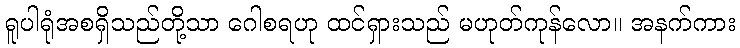
ရူပါရုံအစရှိသည်တို့သာ ဂေါစရဟု ထင်ရှားသည် မဟုတ်ကုန်လော။ အနက်ကား